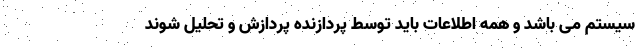
سیستم می باشد و همه اطلاعات باید توسط پردازنده پردازش و تحلیل شوند